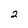
Character: 2